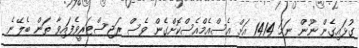
ގުޅައިގެން ނޫން ނަމަ 1414 އަށް އެސްއެމްއެސްކޮށްގެން ވެސް ރަޖިސްޓަރީވެފައިވާ ތަން ބެލޭނެ